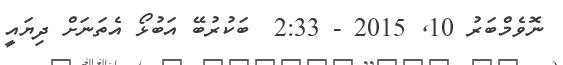
ނޮވެމްބަރު 10